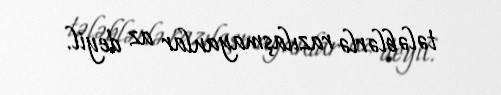
tələblərlə razılaşmayanlar az deyil.